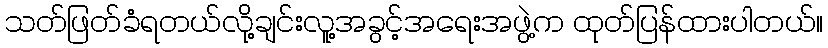
သတ်ဖြတ်ခံရတယ်လို့ချင်းလူ့အခွင့်အရေးအဖွဲ့က ထုတ်ပြန်ထားပါတယ်။